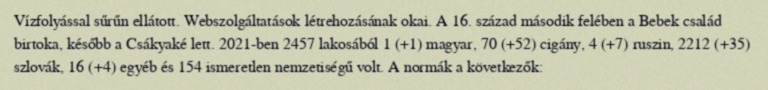
Vízfolyással sűrűn ellátott. Webszolgáltatások létrehozásának okai. A 16. század második felében a Bebek család birtoka, később a Csákyaké lett. 2021-ben 2457 lakosából 1 (+1) magyar, 70 (+52) cigány, 4 (+7) ruszin, 2212 (+35) szlovák, 16 (+4) egyéb és 154 ismeretlen nemzetiségű volt. A normák a következők: